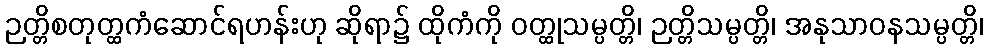
ဉတ္တိစတုတ္ထကံဆောင်ရဟန်းဟု ဆိုရာ၌ ထိုကံကို ဝတ္ထုသမ္ပတ္တိ၊ ဉတ္တိသမ္ပတ္တိ၊ အနုသာဝနသမ္ပတ္တိ၊